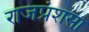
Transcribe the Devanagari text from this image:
राजप्रंशसा